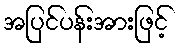
အပြင်ပန်းအားဖြင့်